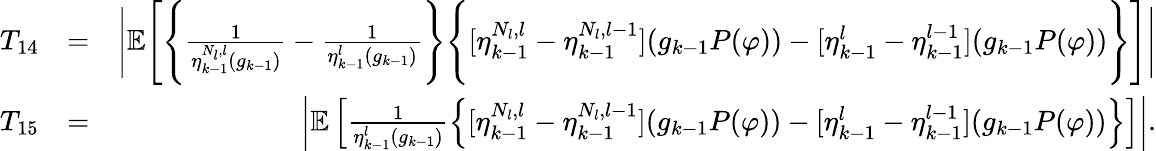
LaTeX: \begin{array}{rlr}{T_{14}}&{=}&{\Bigg|\mathbb{E}\Bigg[\Bigg\{ \frac{1}{\eta_{k-1}^{N_{l},l}(g_{k-1})}-\frac{1}{\eta_{k-1}^{l}(g_{k-1})}\Bigg\} \Bigg\{ [\eta_{k-1}^{N_{l},l}-\eta_{k-1}^{N_{l},l-1}](g_{k-1}P(\varphi))-[\eta_{k-1}^{l}-\eta_{k-1}^{l-1}](g_{k-1}P(\varphi))\Bigg\} \Bigg]\Bigg|}\\ {T_{15}}&{=}&{\left|\mathbb{E}\left[\frac{1}{\eta_{k-1}^{l}(g_{k-1})}\left\{ [\eta_{k-1}^{N_{l},l}-\eta_{k-1}^{N_{l},l-1}](g_{k-1}P(\varphi))-[\eta_{k-1}^{l}-\eta_{k-1}^{l-1}](g_{k-1}P(\varphi))\right\} \right]\right|.}\end{array}